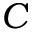
C